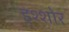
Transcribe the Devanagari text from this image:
इश्शोर